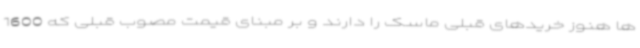
ها هنوز خریدهای قبلی ماسک را دارند و بر مبنای قیمت مصوب قبلی که 1600